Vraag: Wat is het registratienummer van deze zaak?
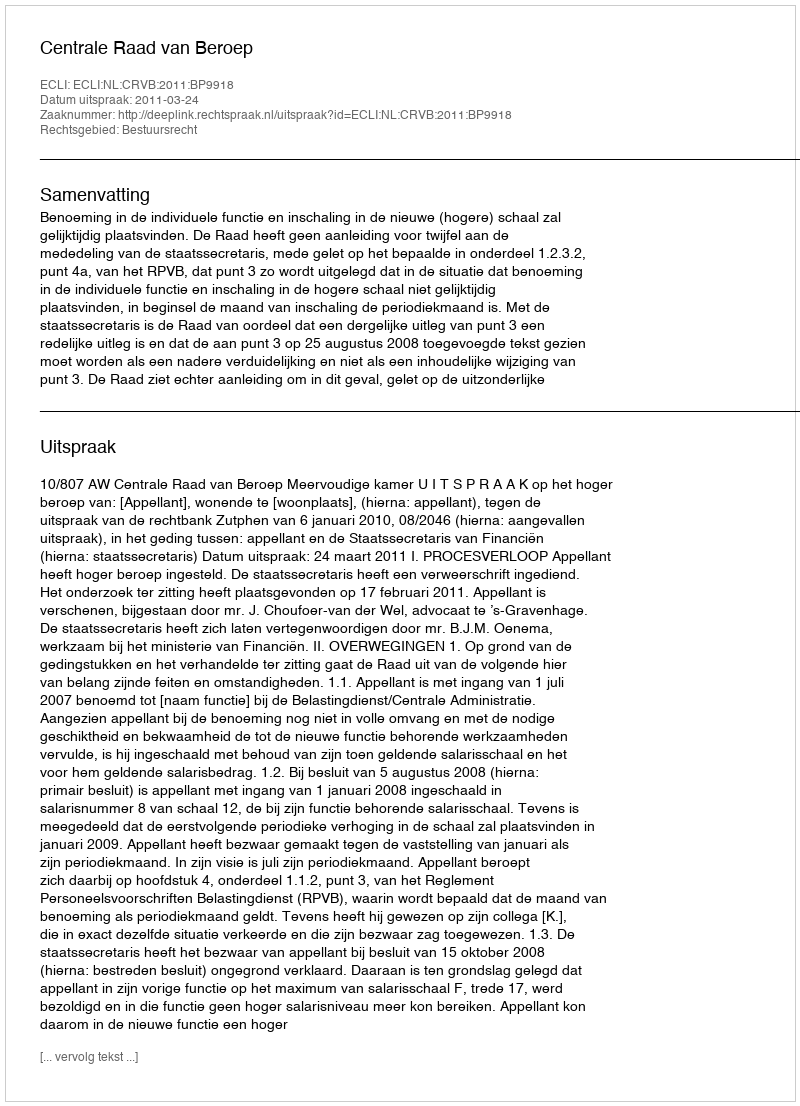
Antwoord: http://deeplink.rechtspraak.nl/uitspraak?id=ECLI:NL:CRVB:2011:BP9918